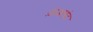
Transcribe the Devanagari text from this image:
ज़अलंद